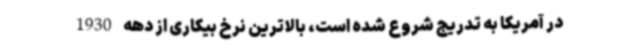
در آمریکا به تدریج شروع شده است، بالاترین نرخ بیکاری از دهه 1930